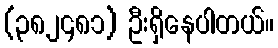
(၃၈၂၄၈၁) ဦးရှိနေပါတယ်။